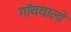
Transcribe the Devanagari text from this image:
गॉववालों